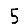
Digit: 5